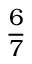
\frac { 6 } { 7 }